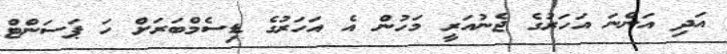
އަދި އަންނަ އަހަރުގެ ޖެނުއަރީ މަހުން އެ އަހަރުގެ ޑިސެމްބަރަށް ހަ ޕަސަންޓް